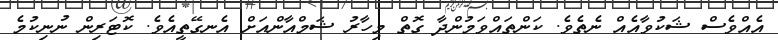
އެއްވެސް ޝަކުވާއެއް ނެތެވެ. ކަންތައްވަމުންދާ ގޮތް މިހާރު ޝަމްއާންއަށް އެނގޭތީއެވެ. ކޮޓަރިން ނުނިކުމެ